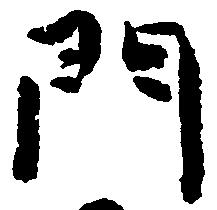
門